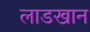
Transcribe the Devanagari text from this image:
लाडखान